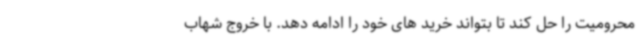
محرومیت را حل کند تا بتواند خرید های خود را ادامه دهد. با خروج شهاب